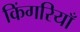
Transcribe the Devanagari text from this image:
किंगरियाँ